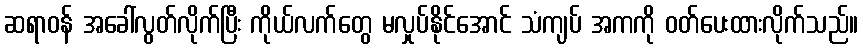
ဆရာဝန် အခေါ်လွတ်လိုက်ပြီး ကိုယ်လက်တွေ မလှုပ်နိုင်အောင် သံကျပ် အကကို ဝတ်ပေးထားလိုက်သည်။